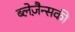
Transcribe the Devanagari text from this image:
ब्लेज़ैन्सकी